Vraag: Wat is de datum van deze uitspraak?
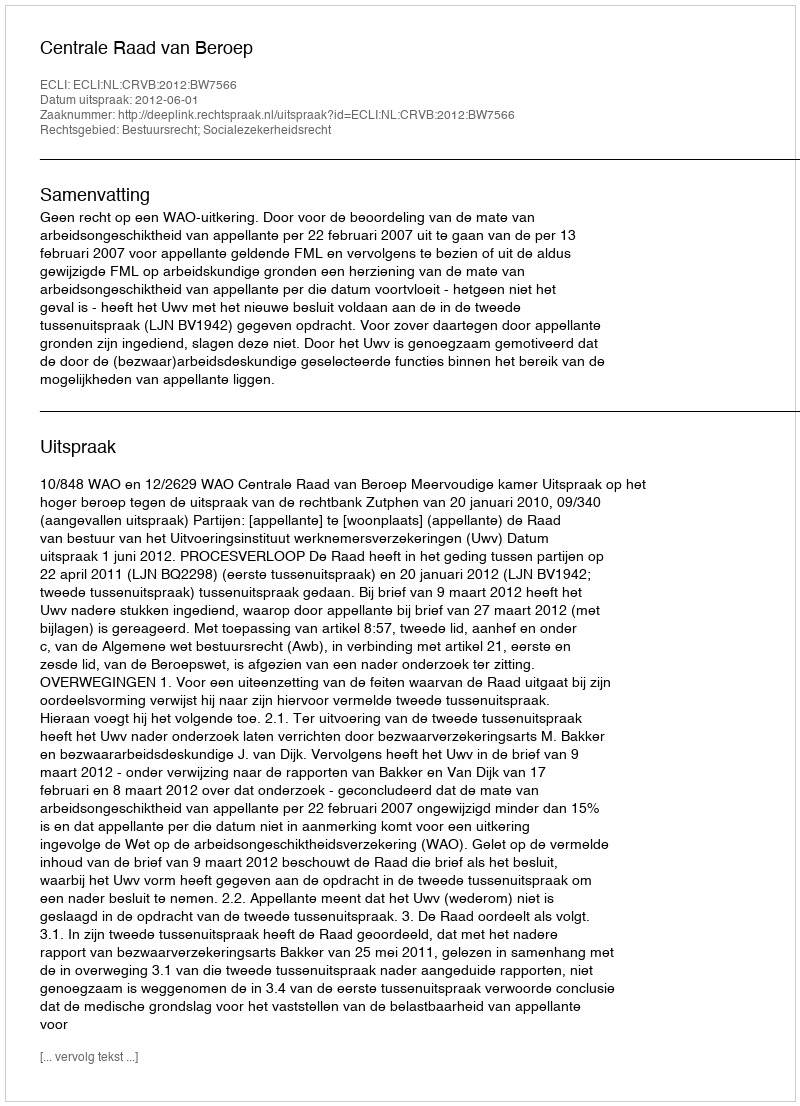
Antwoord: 2012-06-01